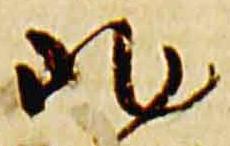
非